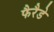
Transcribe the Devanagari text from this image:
फैरैडे